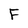
Character: F